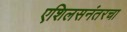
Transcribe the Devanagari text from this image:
एशिलसनंतरचा